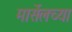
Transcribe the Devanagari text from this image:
मार्सेलच्या